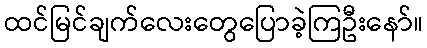
ထင်မြင်ချက်လေးတွေပြောခဲ့ကြဦးနော်။